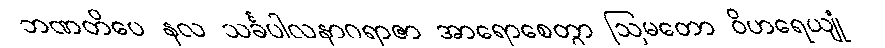
ဘဏတိပေ နလ သင်္ခပါလနာဂရာဇာ အာရောစေတွာ ဩမတော ဝိဟရေယျုံ